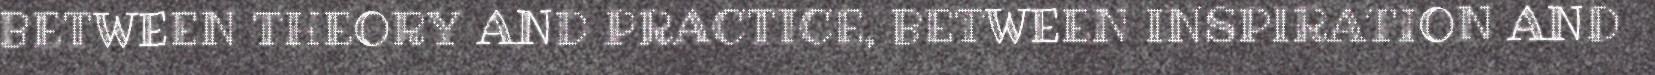
BETWEEN THEORY AND PRACTICE, BETWEEN INSPIRATION AND